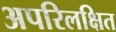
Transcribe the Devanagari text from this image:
अपरिलक्षित